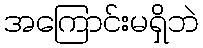
အကြောင်းမရှိဘဲ